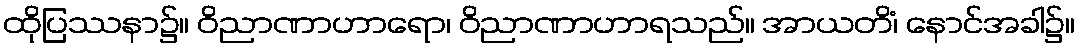
ထိုပြဿနာ၌။ ဝိညာဏာဟာရော၊ ဝိညာဏာဟာရသည်။ အာယတိံ၊ နောင်အခါ၌။